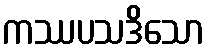
ကဿပသဒိသော